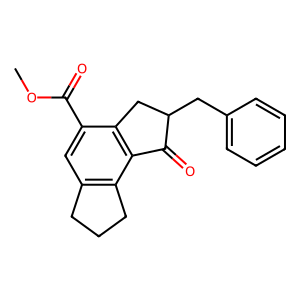
SMILES: COC(=O)c1cc2c(c3c1CC(Cc1ccccc1)C3=O)CCC2
Inhibits HIV replication: No